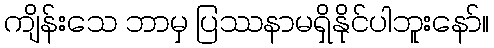
ကျိန်းသေ ဘာမှ ပြဿနာမရှိနိုင်ပါဘူးနော်။